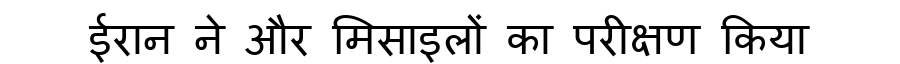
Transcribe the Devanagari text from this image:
ईरान ने और मिसाइलों का परीक्षण किया